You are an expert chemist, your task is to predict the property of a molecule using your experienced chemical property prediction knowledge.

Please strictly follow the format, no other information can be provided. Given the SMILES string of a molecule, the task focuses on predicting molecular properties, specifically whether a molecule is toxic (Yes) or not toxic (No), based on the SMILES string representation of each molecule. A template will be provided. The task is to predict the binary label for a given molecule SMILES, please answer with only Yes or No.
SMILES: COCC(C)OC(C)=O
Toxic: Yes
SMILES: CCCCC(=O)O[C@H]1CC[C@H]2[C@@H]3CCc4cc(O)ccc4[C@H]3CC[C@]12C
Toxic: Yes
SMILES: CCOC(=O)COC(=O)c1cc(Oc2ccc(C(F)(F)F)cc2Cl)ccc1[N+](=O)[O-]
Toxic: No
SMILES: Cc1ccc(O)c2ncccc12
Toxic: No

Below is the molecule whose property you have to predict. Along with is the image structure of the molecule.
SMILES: O=C(Nc1ccc(Oc2ccc(Cl)cc2)c(Cl)c1)c1cc(I)cc(I)c1O
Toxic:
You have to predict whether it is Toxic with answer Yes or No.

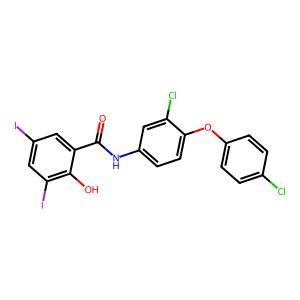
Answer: No